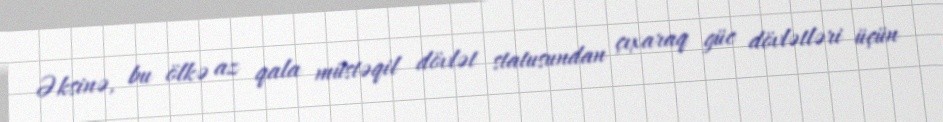
Əksinə, bu ölkə az qala müstəqil dövlət statusundan çıxaraq güc dövlətləri üçün